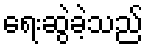
ရေးဆွဲခဲ့သည်